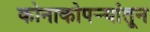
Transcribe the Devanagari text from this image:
कोनाकोपर्‍यांतून